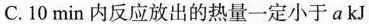
C.10min内反应放出的热量一定小于a kJ